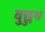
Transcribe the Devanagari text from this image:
वुछुथ